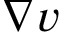
\nabla v